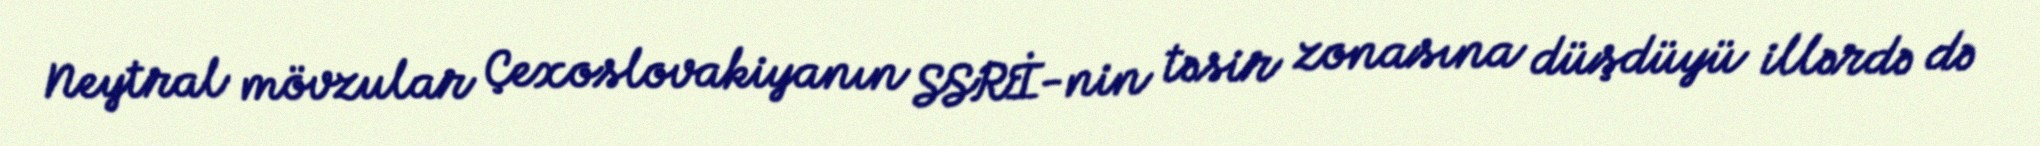
Neytral mövzular Çexoslovakiyanın SSRİ-nin təsir zonasına düşdüyü illərdə də